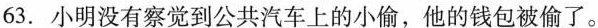
63.小明没有察觉到公共汽车上的小偷,他的钱包被偷了。